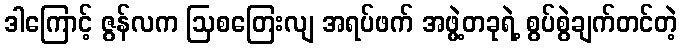
ဒါကြောင့် ဇွန်လက ဩစတြေးလျ အရပ်ဖက် အဖွဲ့တခုရဲ့ စွပ်စွဲချက်တင်တဲ့